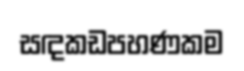
සඳකඩපහණකම